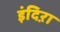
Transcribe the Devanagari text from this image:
इंदिऱा